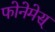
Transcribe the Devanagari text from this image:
फोनेमेस्